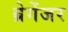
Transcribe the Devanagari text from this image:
ब्रेगेंजर